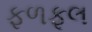
ફળફૂલ